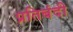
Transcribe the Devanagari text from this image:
प्रतिबंदी